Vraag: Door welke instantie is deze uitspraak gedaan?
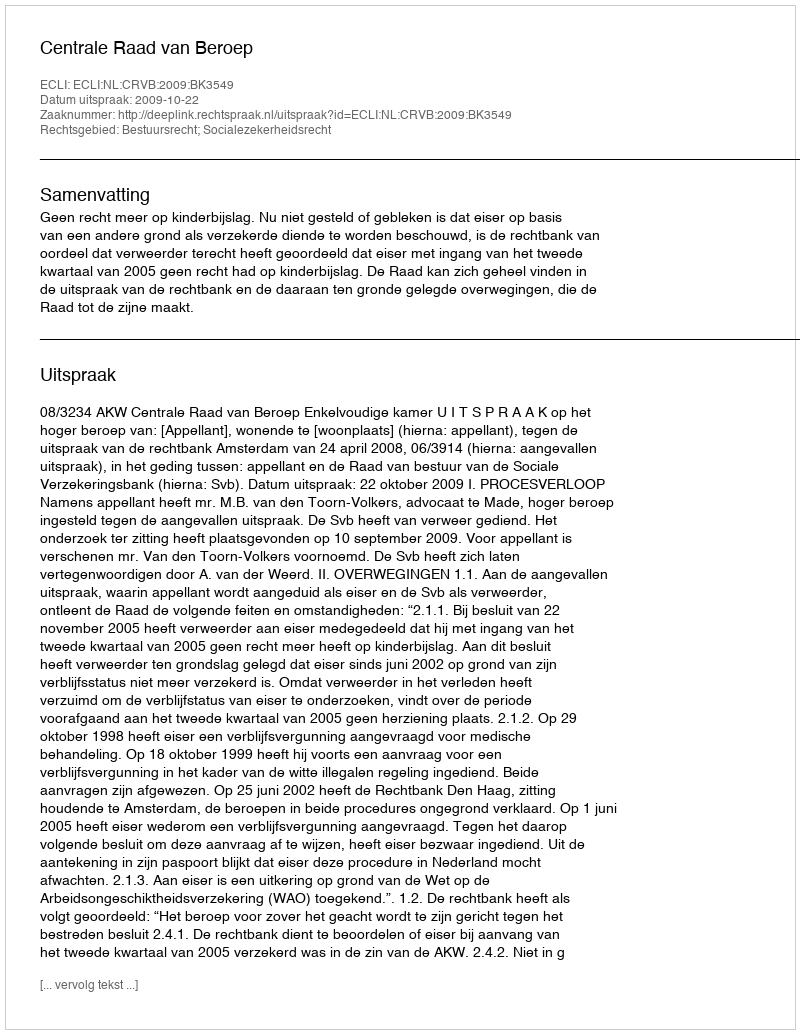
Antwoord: Centrale Raad van Beroep